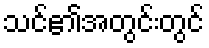
သင်၏အတွင်းတွင်